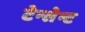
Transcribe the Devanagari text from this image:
टेन्सेन्ट